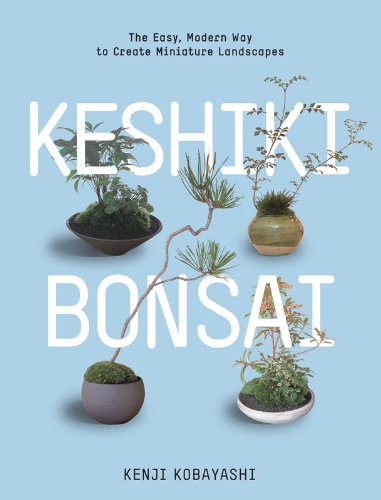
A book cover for Keshiki Bonsai: The Easy, Modern Way to Create Miniature Landscapes; Kenji Kobayashi; Crafts, Hobbies & Home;